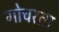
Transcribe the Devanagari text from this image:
गोचरता